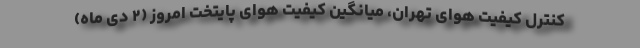
کنترل کیفیت هوای تهران، میانگین کیفیت هوای پایتخت امروز (۲ دی ماه)